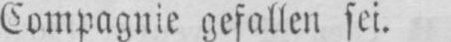
Compagnie gefallen sei.